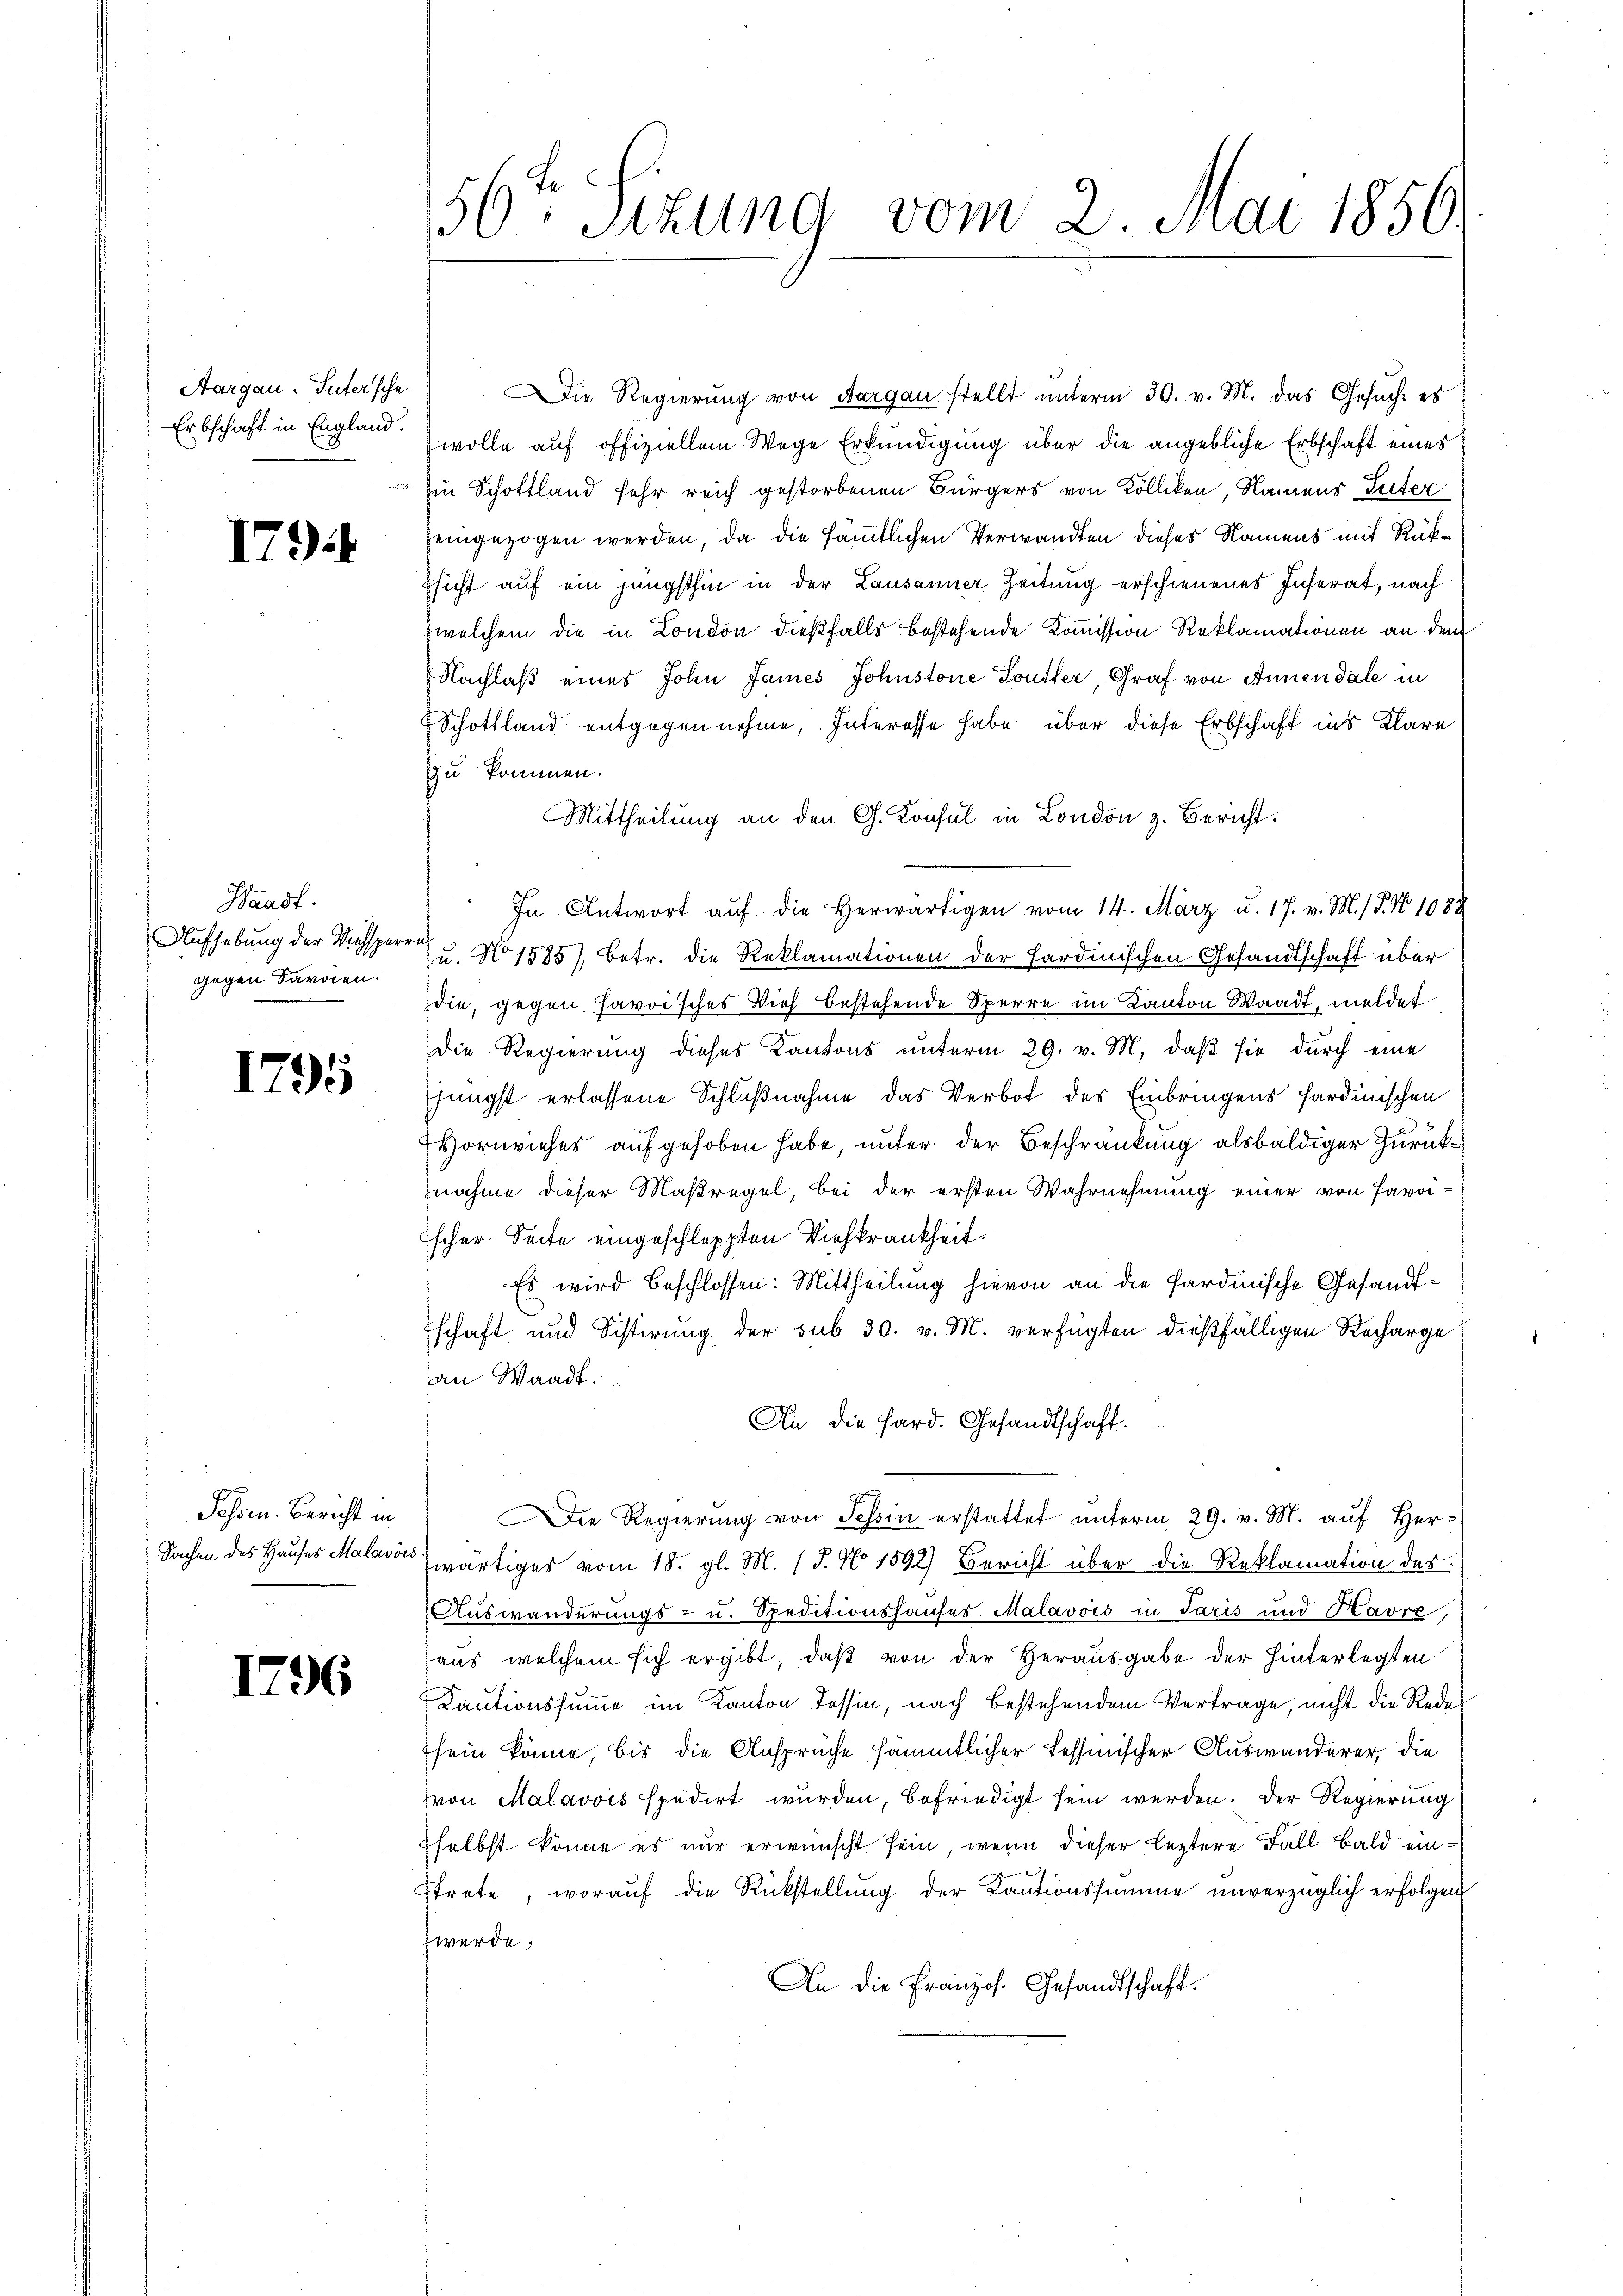
Aargau. Sutersche
Erbschaft in England.

I

7

Waadt.
Aufhebung der Wichsperr
gegen Sarden.

1795

Schon. Bericht in
Sachen des Hauses Malavois

1796

56ten Sitzung vom 2. Mai 1856.

Die Regierung von Aargau stellt unterm 30. v. M. das Gesuch: es
wolle auf offiziellem Wege Erkundigung über die angebliche Erbschaft eines
in Schottland sehr reich gestorbenen Bürgers von Kölliken, Namens Tuter
eingezogen werden, da die sämmtlichen Verwandten dieses Namens mit Rüksicht auf ein jüngsthin in der Lausanner Zeitung erschienenes Inserat, nach
welchem die in London dießfalls bestehende Kommission Reklamationen an dem
Nachlaß eines John James Johnstone Toutter, Graf von Annendale in
Schottland entgegen nehme, Interesse habe, über diese Erbschaft ins Klare
zu kommen.
Mittheilung an den G. Konsul in London z. Bericht.
In Antwort auf die Herwärtigen vom 14. März u. 17. v. M. / P. No 1088
Zu. No 1585), Betr. die Reklamationen der Fardinischen Gesandtschaft über
die, gegen favoisches Vieh bestehende Sperre im Kanton Waadt, meldet
Die Regierung dieses Kantons unterm 29. v. M. daß sie durch eine
jüngst erlassene Schlußnahme das Verbot des Einbringens sardinischen
Hornviehes aufgehoben habe, unter der Beschränkung alsbaldiger Zurücknahme dieser Maßregel, bei der ersten Wahrnehmung einer von savoischer Seite eingeschleppten Viehkrankheit.
Es wird beschlossen: Mittheilung hievon an die Sardinische Gesandtschaft und Sistirung der sub 30. v. M. verfügten dießfälligen Recharge
an Waadt.
An die Hard. Gesandtschaft.
Die Regierung von Tessin erstattet unterm 29. v. M. auf Herwärtiges vom 18. gl. M. (T. No 1592) Bericht über die Reklamation des
Auswanderungs- u. Speditionshauses Malavois in Paris und Kavre,
aus welchem sich ergibt, daß von der Herausgabe der hinterlegten
Kautionssumme im Kanton Tessin, nach bestehendem Vertrage, nicht die Redes
sein könne, bis die Ansprüche sämmtlicher Tessinischer Auswanderer, die
von Malavvis spedirt wurden, befriedigt sein werden. Der Regierung
selbst könne es nur erwünscht sein, wenn dieser leztere Fall bald einstrete, woraŭf die Rückstellŭng der Kaŭtionssumme unverzüglich erfolgen
werde.
An die Französ. Gesandtschaft.